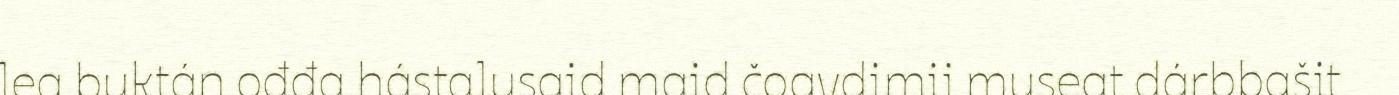
lea buktán ođđa hástalusaid maid čoavdimii museat dárbbašit